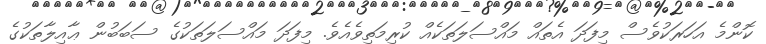
ކޮންމެ އަހަރަކުވެސް މިފަދަ އެތައް މައްސަލަތަކެއް ކުރިމަތިވެއެވެ. މިފަދަ މައްސަލަތަކުގެ ސަބަބުން ޢާއިލާތަކުގެ